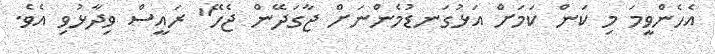
އެހެންވީމަ މި ކަން ކަމަށް އަޅުގަނޑުމެންނަށް ޖާގަދޭން ޖެހޭ" ރައީސް ވިދާޅުވި އެވެ.